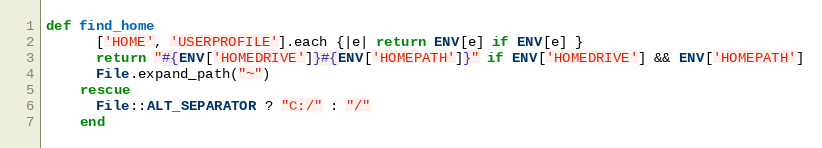
Language: Ruby
def find_home
      ['HOME', 'USERPROFILE'].each {|e| return ENV[e] if ENV[e] }
      return "#{ENV['HOMEDRIVE']}#{ENV['HOMEPATH']}" if ENV['HOMEDRIVE'] && ENV['HOMEPATH']
      File.expand_path("~")
    rescue
      File::ALT_SEPARATOR ? "C:/" : "/"
    end